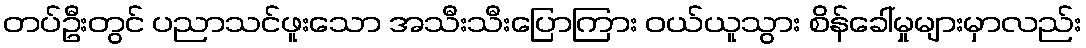
တပ်ဦးတွင် ပညာသင်ဖူးသော အသီးသီးပြောကြား ဝယ်ယူသွား စိန်ခေါ်မှုများမှာလည်း